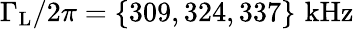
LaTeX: \Gamma_{\mathrm{L}}/2\pi=\mathrm{\{ 309,324,337\} \, \, kHz}